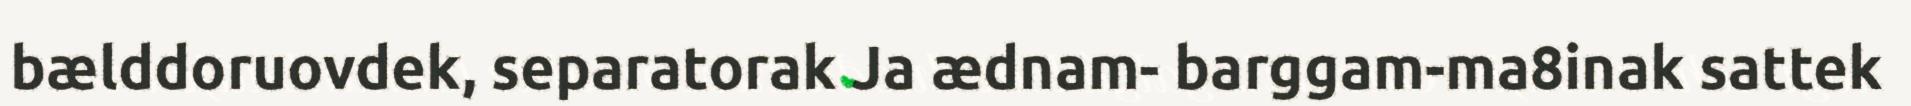
bælddoruovdek, separatorak Ja ædnam- barggam-ma8inak sattek